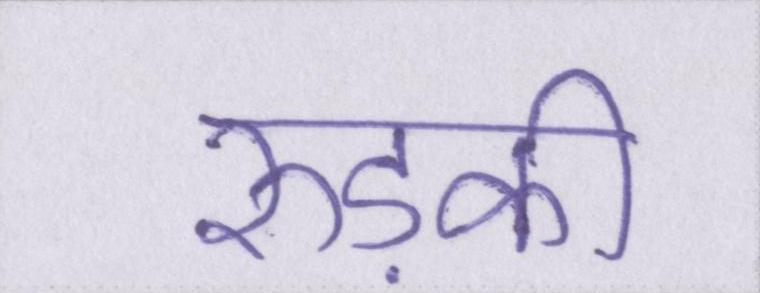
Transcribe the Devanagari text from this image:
रुड़की